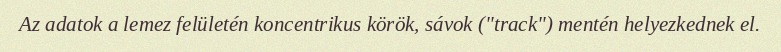
Az adatok a lemez felületén koncentrikus körök, sávok ("track") mentén helyezkednek el.